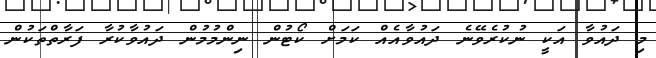
މި ދައުވާ އަކީ ނުކުރެވޭނެ ދައުވާއެއް ކަމަށް ކޯޓުން ނިންމުމުން ދައުވާކުރާ ފަރާތްތަކުން